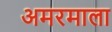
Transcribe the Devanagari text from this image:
अमरमाला